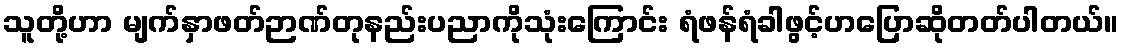
သူတို့ဟာ မျက်နှာဖတ်ဉာဏ်တုနည်းပညာကိုသုံးကြောင်း ရံဖန်ရံခါဖွင့်ဟပြောဆိုတတ်ပါတယ်။